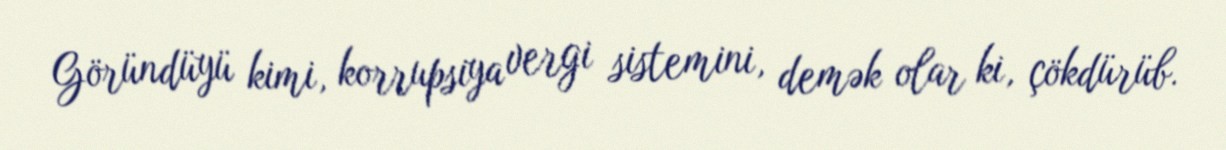
Göründüyü kimi, korrupsiya vergi sistemini, demək olar ki, çökdürüb.